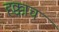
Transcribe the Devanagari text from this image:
हक्काच